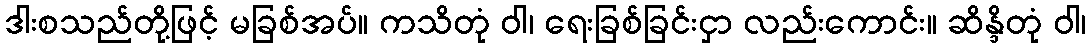
ဒါးစသည်တို့ဖြင့် မခြစ်အပ်။ ကသိတုံ ဝါ၊ ရေးခြစ်ခြင်းငှာ လည်းကောင်း။ ဆိန္ဒိတုံ ဝါ၊